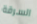
السرقة